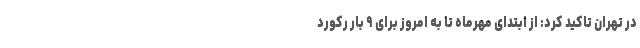
در تهران تاکید کرد: از ابتدای مهرماه تا به امروز برای ۹ بار رکورد